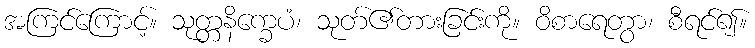
အကြင်ကြောင့်။ သုတ္တနိက္ခေပံ၊ သုတ်၏တားခြင်းကို။ ဝိစာရေတွာ၊ စီရင်၍။